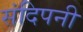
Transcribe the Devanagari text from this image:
संदिपनी